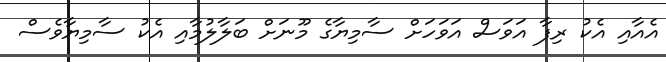
އެއާއި އެކު ރިފާ އަވަސް އަވަހަށް ސާމިޔާގެ މޫނަށް ބަލާލުމާއި އެކު ސާމިޔާވެސް